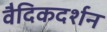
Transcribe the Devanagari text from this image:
वैदिकदर्शन